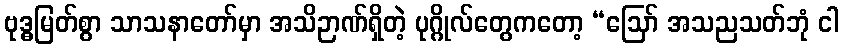
ဗုဒ္ဓမြတ်စွာ သာသနာတော်မှာ အသိဉာဏ်ရှိတဲ့ ပုဂ္ဂိုလ်တွေကတော့ “ဩော် အသညသတ်ဘုံ ငါ